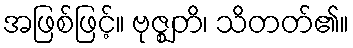
အဖြစ်ဖြင့်။ ဗုဇ္ဈတိ၊ သိတတ်၏။